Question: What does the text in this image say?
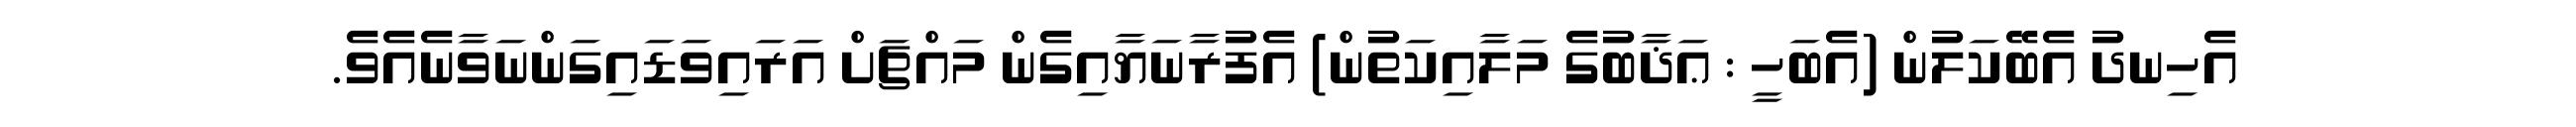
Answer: އެހިނދު އެބޭކަލުން (އެބަހީ : ޢަޛާބުގެ މަލާއިކަތުން) އެފުރާނަޔާއިގެން މައްޗަށް އަރައިވަޑައިގަންނަވާނެއެވެ.